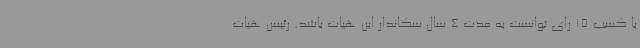
با کسب 15 رای توانست به مدت 4 سال سکاندار این هیات باشد. رئیس هیات